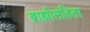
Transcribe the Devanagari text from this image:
ब्राह्मीसंहिता